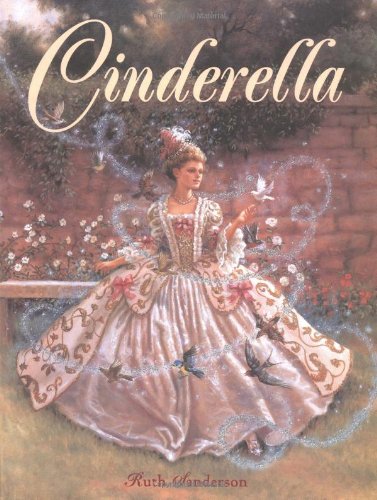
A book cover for Cinderella; Ruth Sanderson; Children's Books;